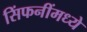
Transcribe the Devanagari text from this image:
सिंफनींमध्ये